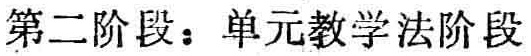
第二阶段：单元教学法阶段